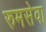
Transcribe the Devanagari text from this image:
रुमसेवा